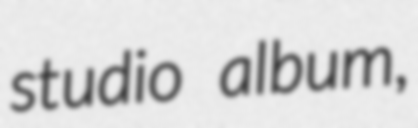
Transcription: studio album,